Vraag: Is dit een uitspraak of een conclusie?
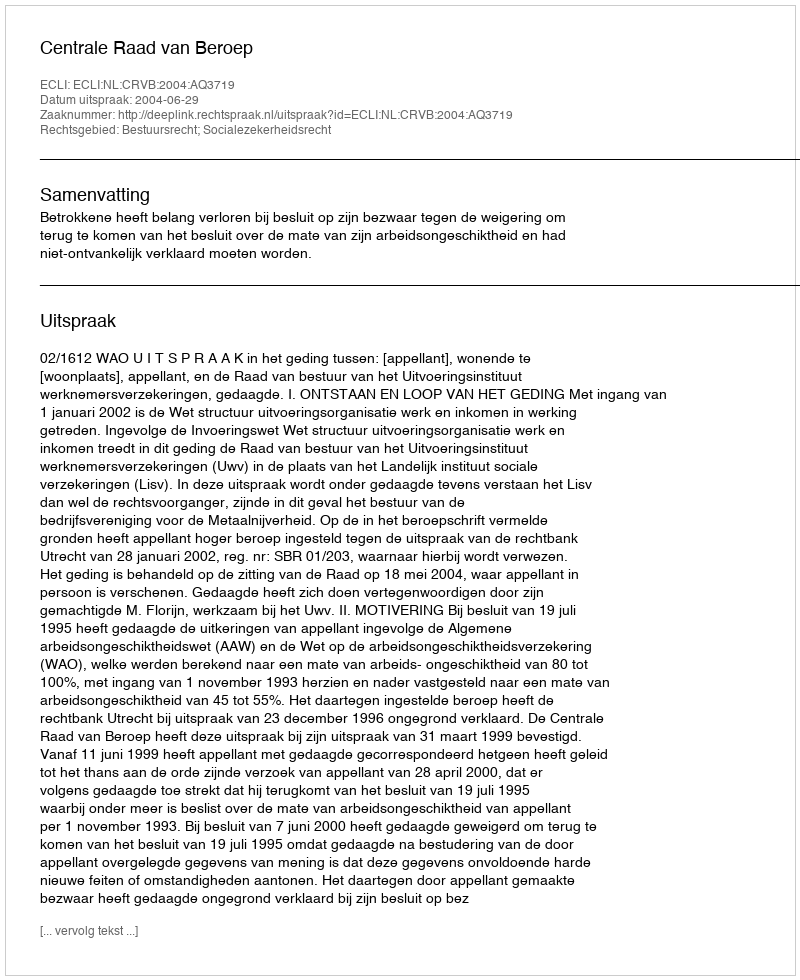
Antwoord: Uitspraak